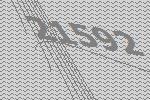
21592